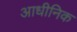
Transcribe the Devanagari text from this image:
आधीनिक